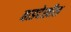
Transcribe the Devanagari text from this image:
बाडदेखील